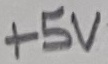
Text: +5V